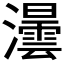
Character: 𤃅